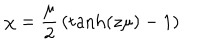
LaTeX: \chi = { \frac { \mu } { 2 } } \left( \mathrm { t a n h } ( z \mu ) - 1 \right)